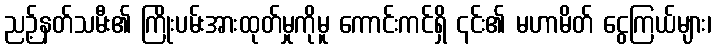
ညဉ့်နတ်သမီး၏ ကြိုးပမ်းအားထုတ်မှုကိုမူ ကောင်းကင်ရှိ ၎င်း၏ မဟာမိတ် ငွေကြယ်များ၊